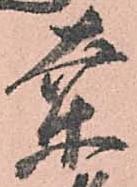
枽